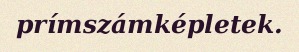
prímszámképletek.